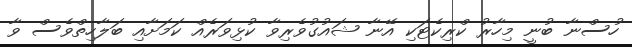
ހުސްނާ ބުނީ މިހާރު ކްރިކެޓަކި އޭނާ ޝައުގުވެރިވާ ކުޅިވަރެއް ކަމަށާއި ބަލާހިތްވެސް ވާ